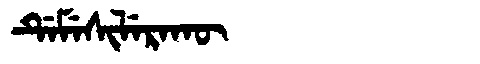
Manchu: ᡩᡝᠮᡝᠰᡳᠯᡝᡵᠠᡴᡡ
Romanization: DEMESILERAKŪ